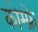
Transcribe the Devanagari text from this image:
कोम्फ्रे